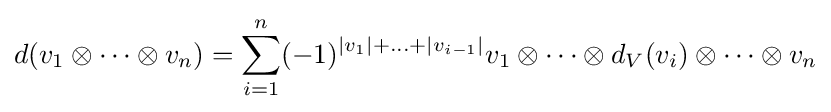
d(v_{1}\otimes \cdots \otimes v_{n})=\sum _{i=1}^{n}(-1)^{|v_{1}|+\ldots +|v_{i-1}|}v_{1}\otimes \cdots \otimes d_{V}(v_{i})\otimes \cdots \otimes v_{n}